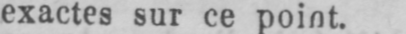
exactes sur ce point.